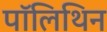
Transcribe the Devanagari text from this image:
पॉलिथिन